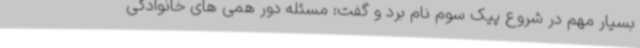
بسیار مهم در شروع پیک سوم نام برد و گفت: مسئله دور همی های خانوادگی